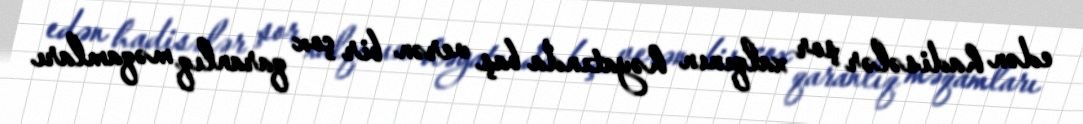
edən hadisələr şor xalqının həyatında baş verən bir çox qaranlıq məqamları